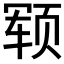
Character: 𬱢